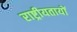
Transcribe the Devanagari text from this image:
राष्ट्रीयतायों